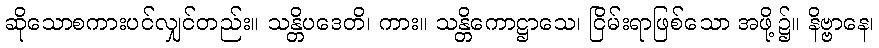
ဆိုသောစကားပင်လျှင်တည်း။ သန္တိပဒေတိ၊ ကား။ သန္တိကောဋ္ဌာသေ၊ ငြိမ်းရာဖြစ်သော အဖို့၌။ နိဗ္ဗာနေ၊